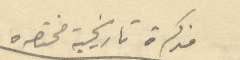
مذكرة تاريخية مختصره